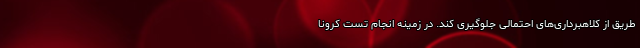
طریق از کلاهبرداری‌های احتمالی جلوگیری کند. در زمینه انجام تست کرونا